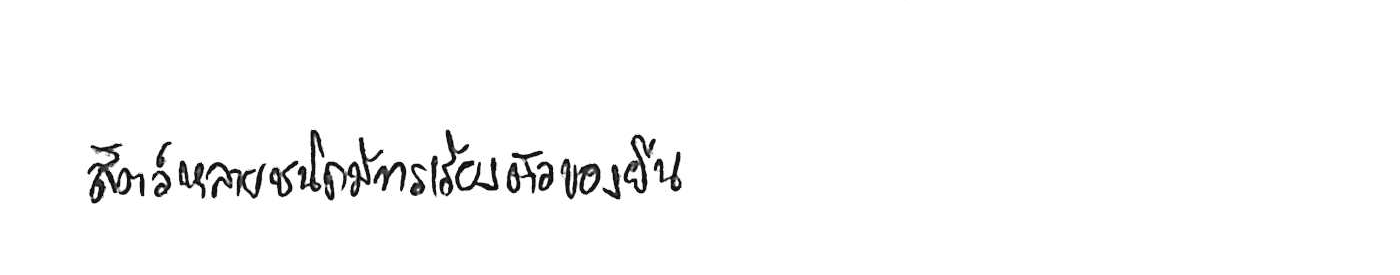
สัตว์หลายชนิดมีการเรียงตัวของยีน